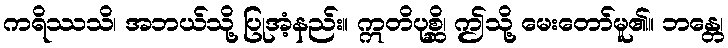
ကရိဿသိ၊ အဘယ်သို့ ပြုအံ့နည်း။ ဣတိပုစ္ဆိ၊ ဤသို့ မေးတော်မူ၏။ ဘန္တေ၊